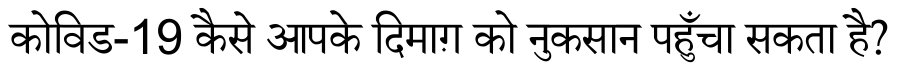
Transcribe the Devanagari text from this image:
कोविड-19 कैसे आपके दिमाग़ को नुकसान पहुँचा सकता है?